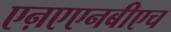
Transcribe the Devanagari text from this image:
एऩएएनबीएच